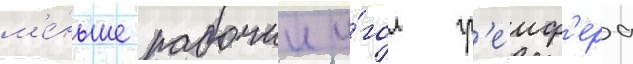
м'е́ньше рабочии у́гол гр'еиф'ера